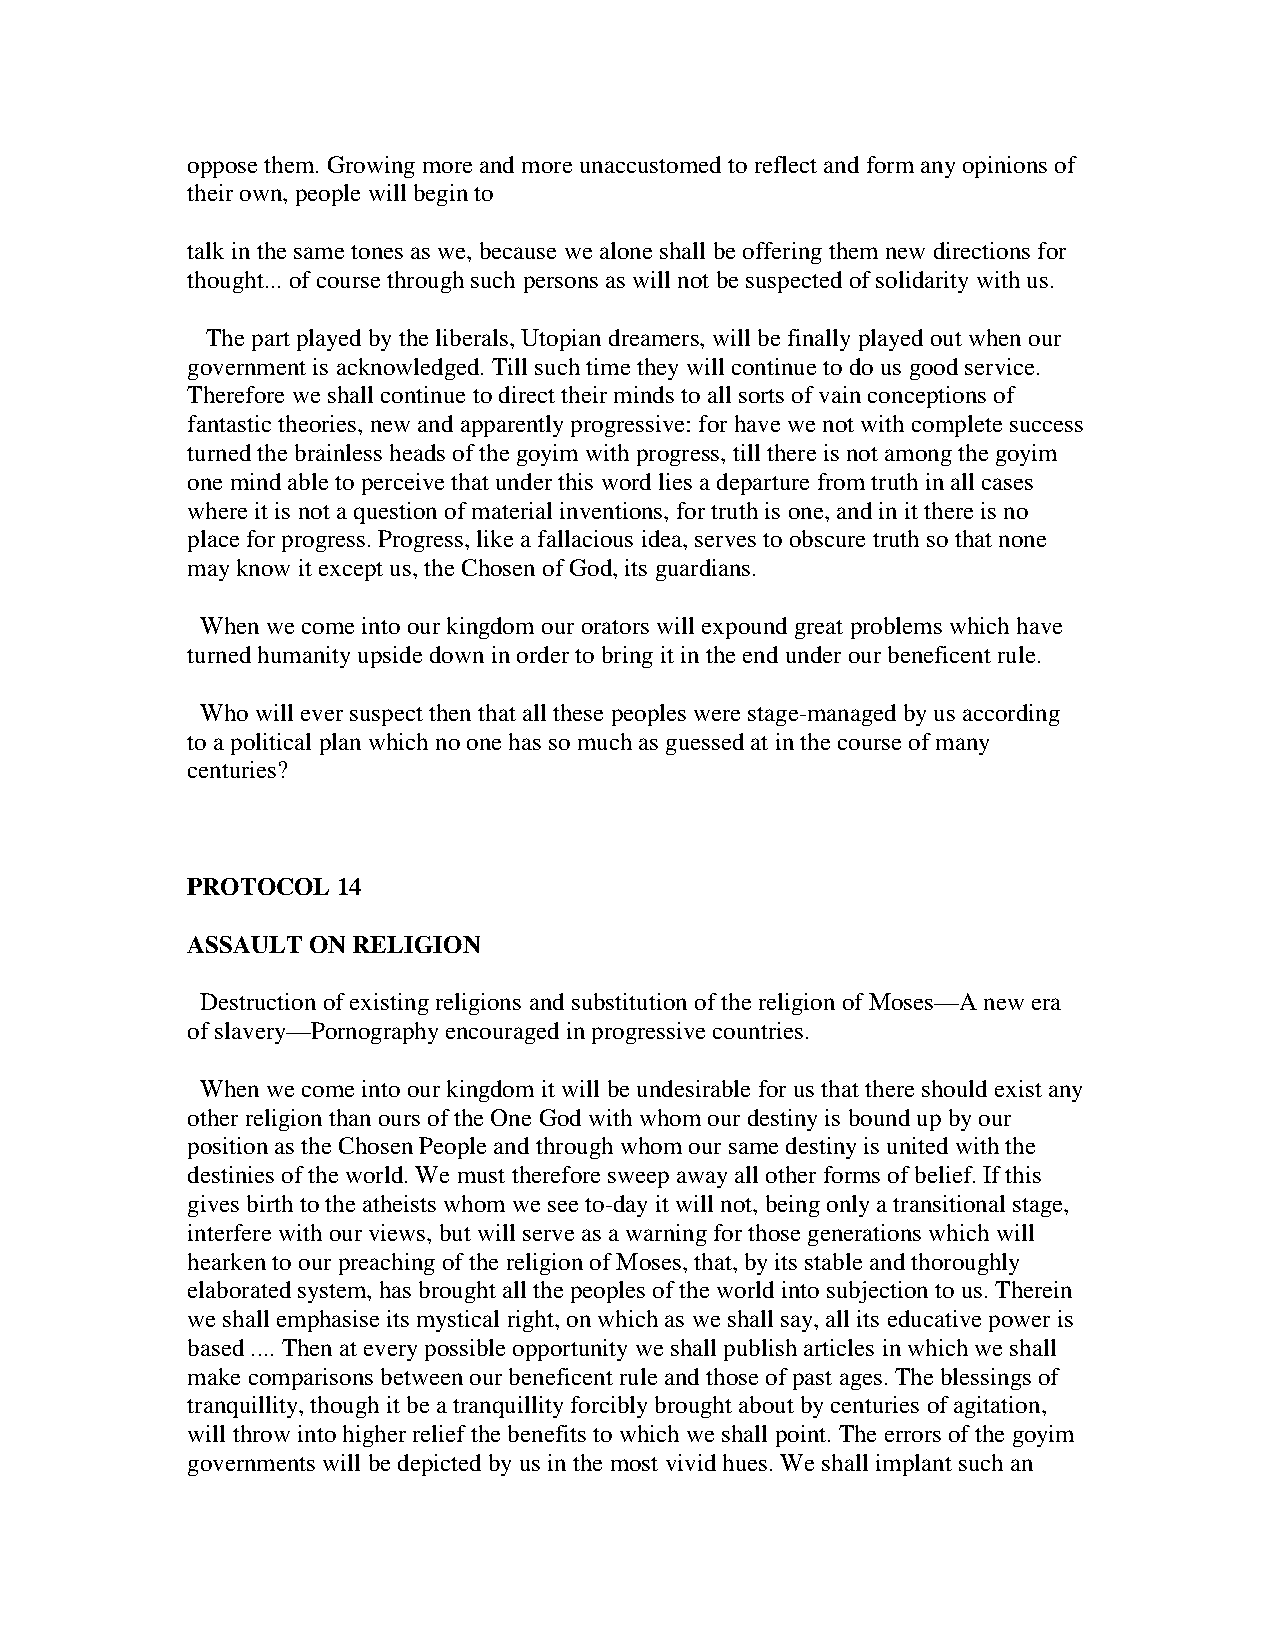
oppose them. Growing more and more unaccustomed to reflect and form any opinions of
 their own, people will begin to
 talk in the same tones as we, because we alone shall be offering them new directions for
 thought... of course through such persons as will not be suspected of solidarity with us.
 The part played by the liberals, Utopian dreamers, will be finally played out when our
 government is acknowledged. Till such time they will continue to do us good service.
 Therefore we shall continue to direct their minds to all sorts of vain conceptions of
 fantastic theories, new and apparently progressive: for have we not with complete success
 turned the brainless heads of the goyim with progress, till there is not among the goyim
 one mind able to perceive that under this word lies a departure from truth in all cases
 where it is not a question of material inventions, for truth is one, and in it there is no
 place for progress. Progress, like a fallacious idea, serves to obscure truth so that none
 may know it except us, the Chosen of God, its guardians.
 When we come into our kingdom our orators will expound great problems which have
 turned humanity upside down in order to bring it in the end under our beneficent rule.
 Who will ever suspect then that all these peoples were stage-managed by us according
 to a political plan which no one has so much as guessed at in the course of many
 centuries?
 PROTOCOL  14
 ASSAULT ON RELIGION
 Destruction of existing religions and substitution of the religion of Moses—A new era
 of slavery—Pornography encouraged in progressive countries.
 When we come into our kingdom it will be undesirable for us that there should exist any
 other religion than ours of the One God with whom our destiny is bound up by our
 position as the Chosen People and through whom our same destiny is united with the
 destinies of the world. We must therefore sweep away all other forms of belief. If this
 gives birth to the atheists whom we see to-day it will not, being only a transitional stage,
 interfere with our views, but will serve as a warning for those generations which will
 hearken to our preaching of the religion of Moses, that, by its stable and thoroughly
 elaborated system, has brought all the peoples of the world into subjection to us. Therein
 we shall emphasise its mystical right, on which as we shall say, all its educative power is
 based .... Then at every possible opportunity we shall publish articles in which we shall
 make comparisons between our beneficent rule and those of past ages. The blessings of
 tranquillity, though it be a tranquillity forcibly brought about by centuries of agitation,
 will throw into higher relief the benefits to which we shall point. The errors of the goyim
 governments will be depicted by us in the most vivid hues. We shall implant such an